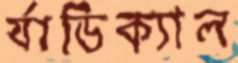
র‍্যাডিক্যাল